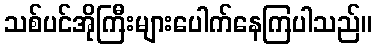
သစ်ပင်အိုကြီးများပေါက်နေကြပါသည်။